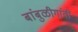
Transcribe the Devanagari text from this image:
बांबुळीगांवीं